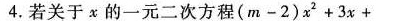
4.若关于x的一元二次方程$$( m - 2 ) x ^ { 2 } + 3 x +$$